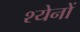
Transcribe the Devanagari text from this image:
श्येनों